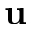
\textbf { u }